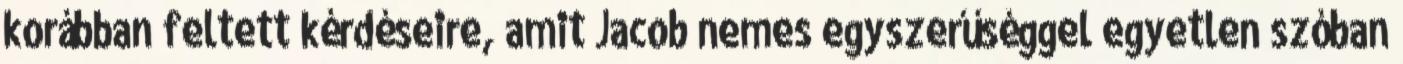
korábban feltett kérdéseire, amit Jacob nemes egyszerűséggel egyetlen szóban